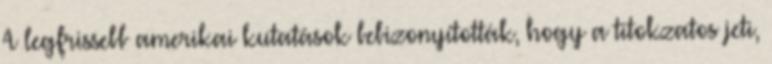
A legfrissebb amerikai kutatások bebizonyították, hogy a titokzatos jeti,